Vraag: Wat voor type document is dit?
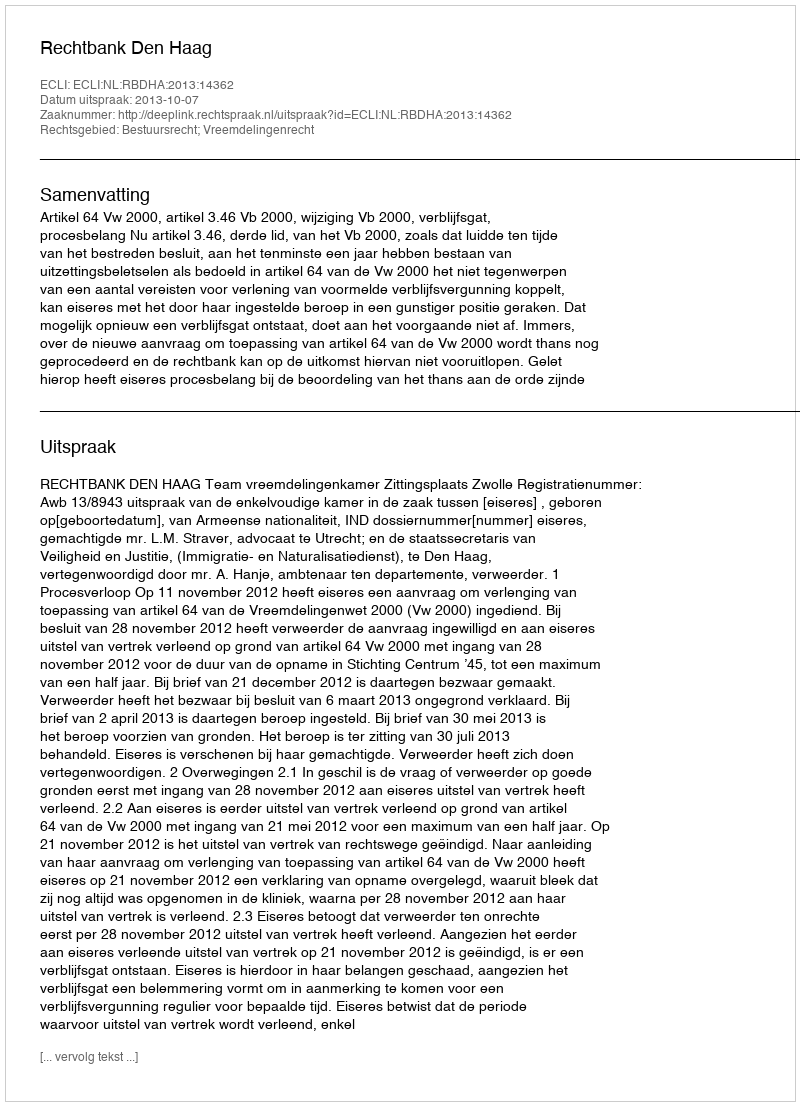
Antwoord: Uitspraak